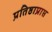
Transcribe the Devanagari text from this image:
प्रतिष्ठाप्राप्त